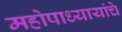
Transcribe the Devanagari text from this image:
महोपाध्यायांचे